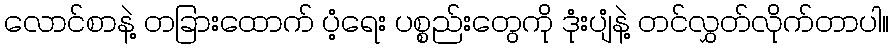
လောင်စာနဲ့ တခြားထောက် ပံ့ရေး ပစ္စည်းတွေကို ဒုံးပျံနဲ့ တင်လွှတ်လိုက်တာပါ။